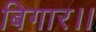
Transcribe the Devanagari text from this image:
बिगार।।